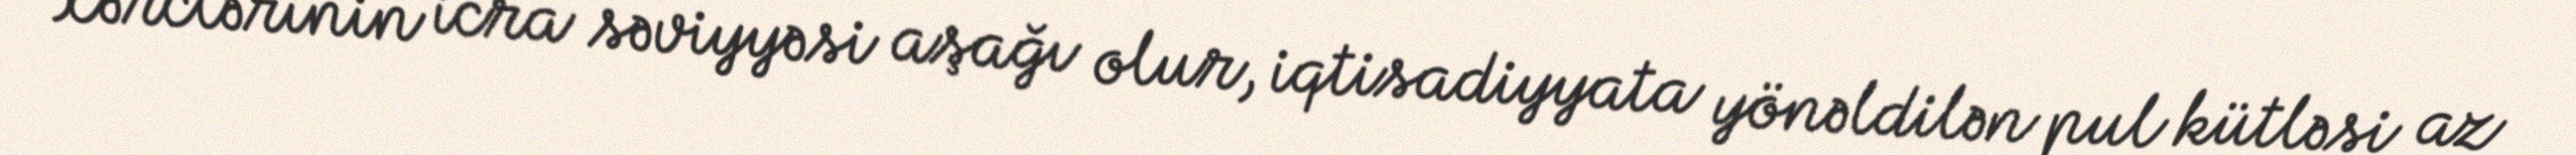
xərclərinin icra səviyyəsi aşağı olur, iqtisadiyyata yönəldilən pul kütləsi az